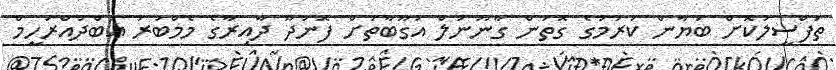
ތަފްސީލުކޮށް ބަޔާން ކުރުމުގެ ގޮތުން ގާނޫނުލް އުގޫބާތަށް ފޮނަދޫ ދާއިރާގެ މެމްބަރު އަބްދުއްރަހީމް